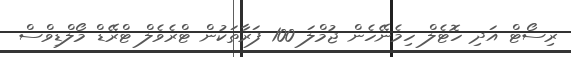
ރިސޯޓް އަދި ހޮޓެލް ހިމެނޭހެން ޖުމްލަ 100 ފަރާތަކުން ޓްރެވެލް ޓްރޭޑް މޯލްޑިވްސް